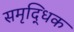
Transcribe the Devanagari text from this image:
समृद्धिक